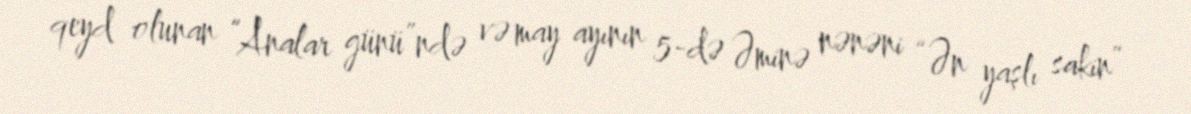
qeyd olunan “Analar günü”ndə və may ayının 5-də Əminə nənəni “Ən yaşlı sakin”